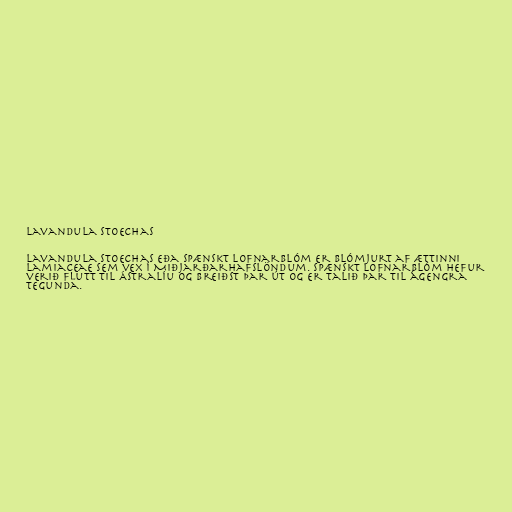
Lavandula stoechas

Lavandula stoechas eða spænskt lofnarblóm er blómjurt af ættinni
Lamiaceae sem vex í Miðjarðarhafslöndum. Spænskt lofnarblóm hefur
verið flutt til Ástralíu og breiðst þar út og er talið þar til ágengra
tegunda.